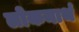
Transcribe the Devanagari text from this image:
लोकनाथं